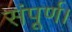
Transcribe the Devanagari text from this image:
संपूर्ण।